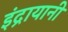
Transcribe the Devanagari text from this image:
इंद्रायानी